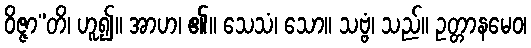
ဝိဇ္ဇာ”တိ၊ ဟူ၍။ အာဟ၊ ၏။ သေသံ၊ သော။ သဗ္ဗံ၊ သည်။ ဥတ္တာနမေဝ၊